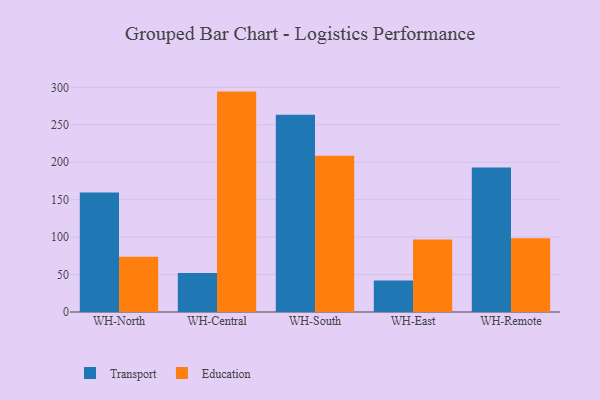
{"axis": {"x": "Warehouse", "y": "Conversion Rate (%)"}, "legend": ["Education", "Transport"], "data": [{"x": "WH-North", "y": 159.5, "type": "Transport"}, {"x": "WH-North", "y": 73.9, "type": "Education"}, {"x": "WH-Central", "y": 52.1, "type": "Transport"}, {"x": "WH-Central", "y": 294.3, "type": "Education"}, {"x": "WH-South", "y": 263.3, "type": "Transport"}, {"x": "WH-South", "y": 208.8, "type": "Education"}, {"x": "WH-East", "y": 42.1, "type": "Transport"}, {"x": "WH-East", "y": 96.8, "type": "Education"}, {"x": "WH-Remote", "y": 193.0, "type": "Transport"}, {"x": "WH-Remote", "y": 98.6, "type": "Education"}]}